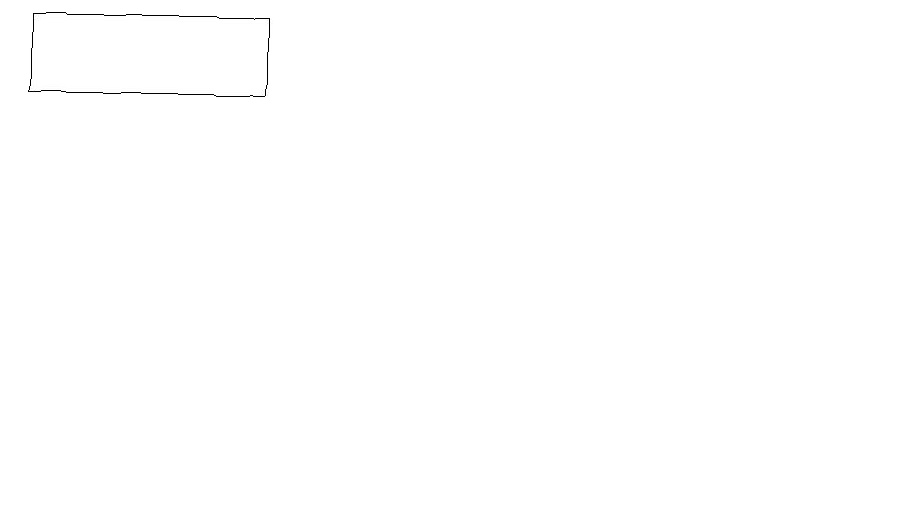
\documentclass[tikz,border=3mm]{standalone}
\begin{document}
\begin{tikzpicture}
\draw (11,12) circle (0);
\draw (0,15) rectangle (3,16);
\draw (10,10) circle (0);
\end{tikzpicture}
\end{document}